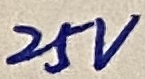
Text: 25V